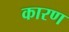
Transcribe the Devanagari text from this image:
कारण्‍ा